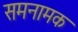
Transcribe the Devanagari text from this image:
समनामक